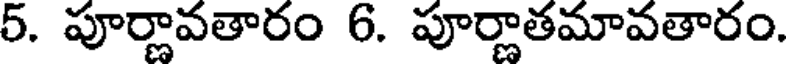
5. పూర్ణావతారం 6. పూర్ణాతమావతారం.